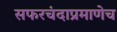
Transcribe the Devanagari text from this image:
सफरचंदाप्रमाणेच